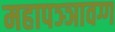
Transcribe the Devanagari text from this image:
महापञ्ञावग्ग